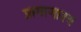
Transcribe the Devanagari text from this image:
प्रामाणाश्य